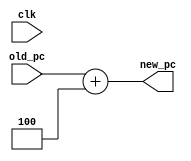
module increment_pc (old_pc,clk,new_pc);
    input [31:0] old_pc;
    input clk;
    output [31:0] new_pc;

    // always @(posedge clk) begin
    //     new_pc = old_pc + 4;
    // end

    assign new_pc = old_pc + 4;
endmodule